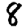
Digit: 8